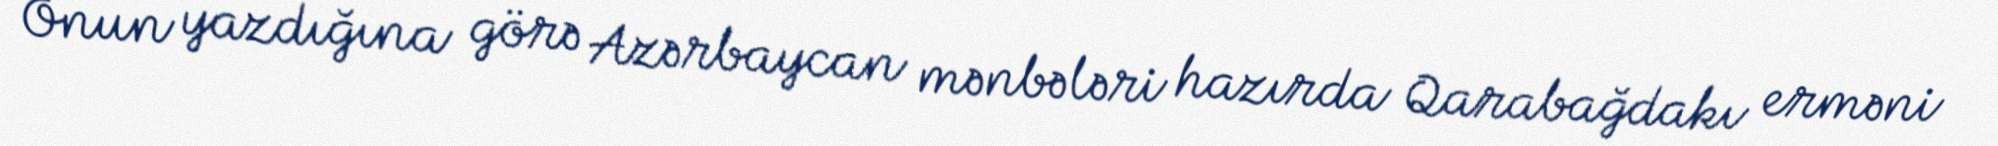
Onun yazdığına görə Azərbaycan mənbələri hazırda Qarabağdakı erməni